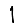
Digit: 1